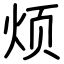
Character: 烦